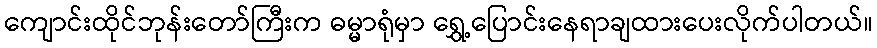
ကျောင်းထိုင်ဘုန်းတော်ကြီးက ဓမ္မာရုံမှာ ရွှေ့ပြောင်းနေရာချထားပေးလိုက်ပါတယ်။